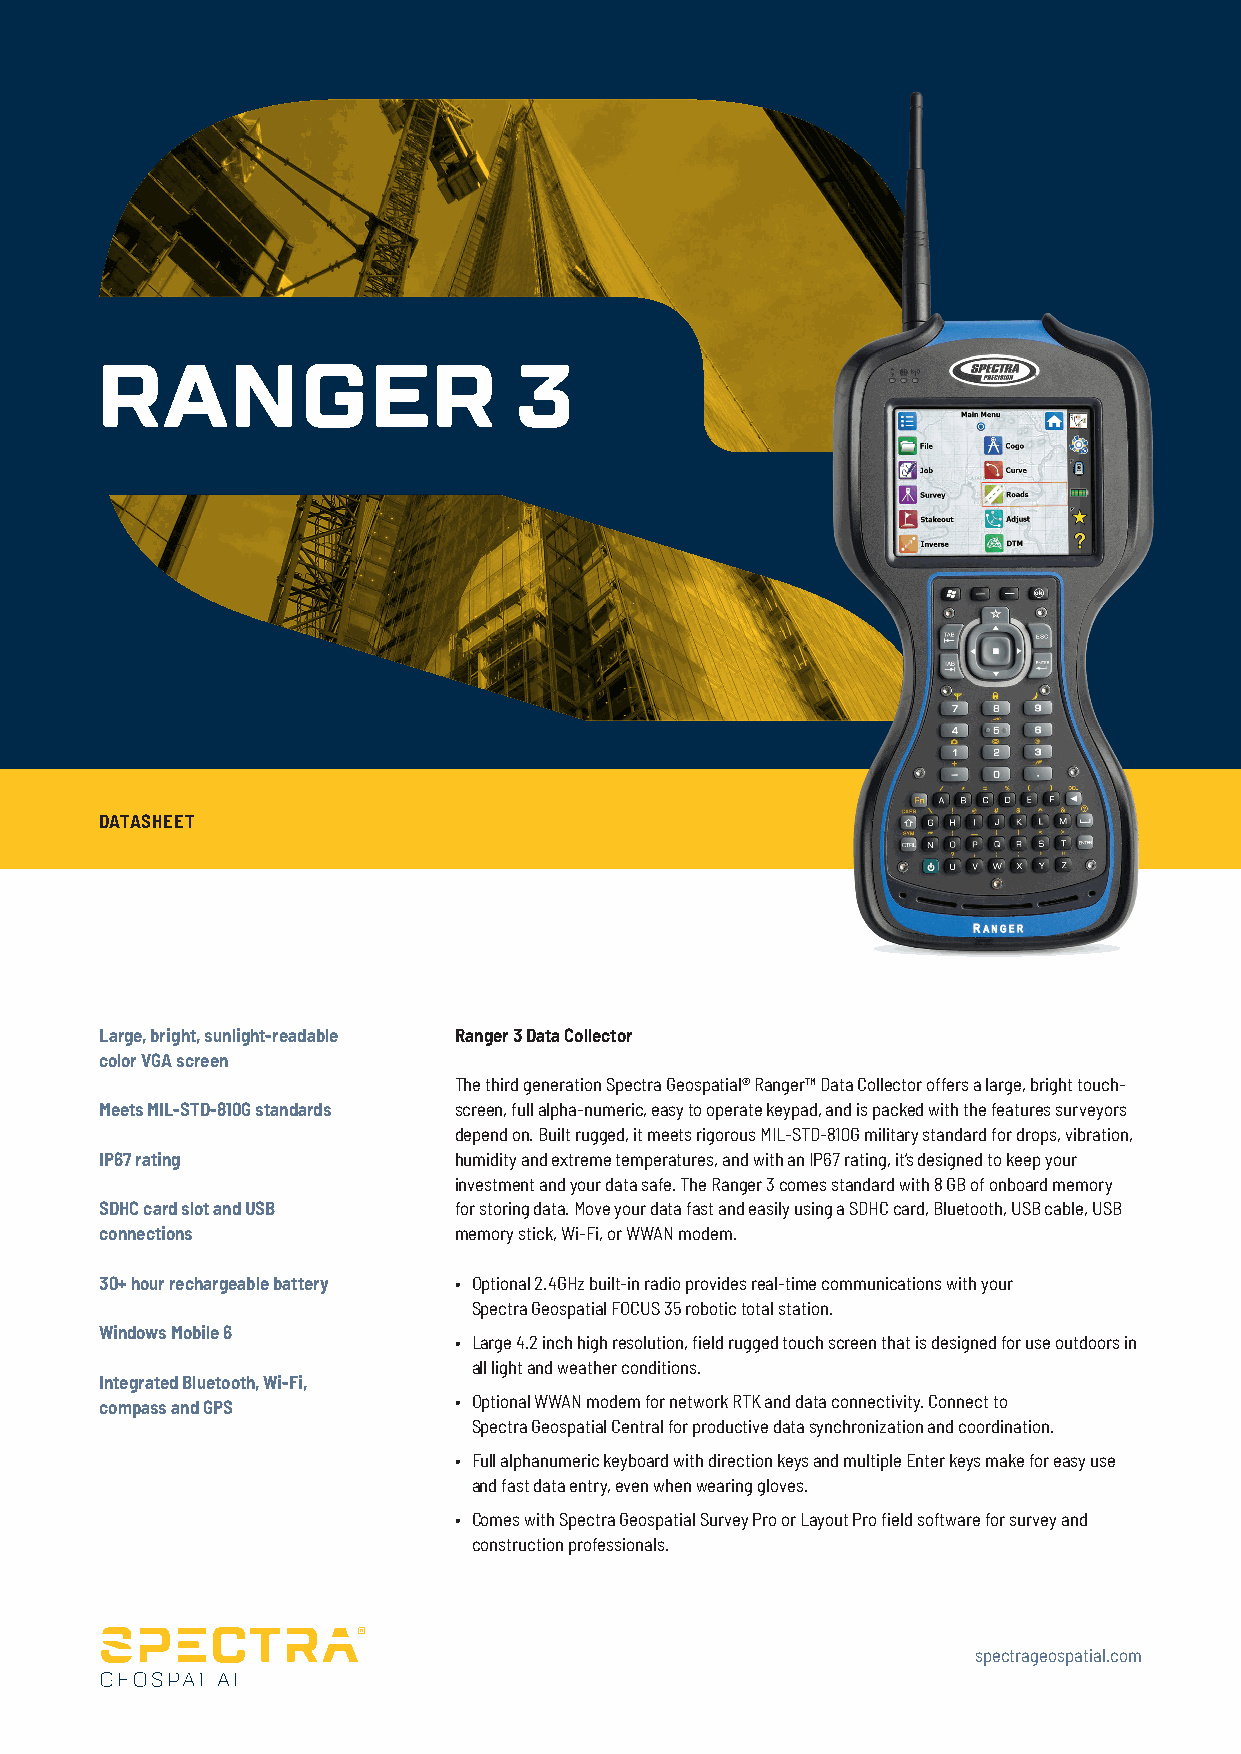
RANGER                      3
 DATASHEET
 Large, bright, sunlight-readable Ranger 3 Data Collector
 color VGA screen
 The third generation Spectra Geospatial® Ranger™ Data Collector offers a large, bright touch-
 Meets MIL-STD-810G standards screen, full alpha-numeric, easy to operate keypad, and is packed with the features surveyors
 depend on. Built rugged, it meets rigorous MIL-STD-810G military standard for drops, vibration,
 IP67 rating            humidity and extreme temperatures, and with an IP67 rating, it’s designed to keep your
 investment and your data safe. The Ranger 3 comes standard with 8 GB of onboard memory
 SDHC card slot and USB for storing data. Move your data fast and easily using a SDHC card, Bluetooth, USB cable, USB
 connections            memory stick, Wi-Fi, or WWAN modem.
 30+ hour rechargeable battery • Optional 2.4GHz built-in radio provides real-time communications with your
 Spectra Geospatial FOCUS 35 robotic total station.
 Windows Mobile 6
 • Large 4.2 inch high resolution, field rugged touch screen that is designed for use outdoors in
 all light and weather conditions.
 Integrated Bluetooth, Wi-Fi,
 compass and GPS        • Optional WWAN modem for network RTK and data connectivity. Connect to
 Spectra Geospatial Central for productive data synchronization and coordination.
 • Full alphanumeric keyboard with direction keys and multiple Enter keys make for easy use
 and fast data entry, even when wearing gloves.
 • Comes with Spectra Geospatial Survey Pro or Layout Pro field software for survey and
 construction professionals.
 spectrageospatial.com